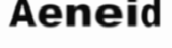
Aeneid